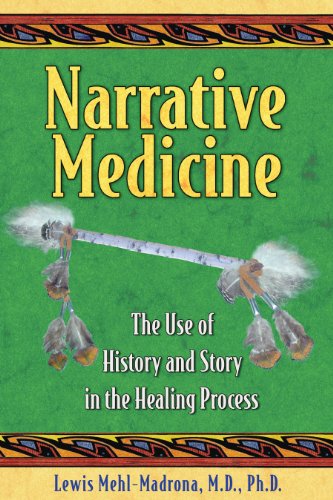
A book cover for Narrative Medicine: The Use of History and Story in the Healing Process; Lewis Mehl-Madrona; Medical Books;